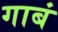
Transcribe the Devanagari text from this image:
गाबं